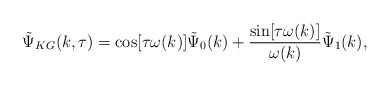
\begin{align*}\tilde{\Psi}_{KG}(k, \tau) = \cos[\tau\omega(k)] \tilde{\Psi}_{0}(k) + \frac{\sin[\tau\omega(k)]}{\omega(k)} \tilde{\Psi}_{1}(k),\end{align*}